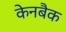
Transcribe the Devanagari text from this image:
केनबैक